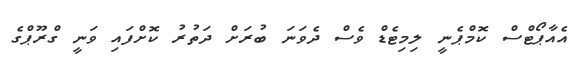
އެއާޕޯޓްސް ކޮމްޕެނީ ލިމިޓެޑް ވެސް ދެވަނަ ބުރަށް ދަތުރު ކޮށްފައި ވަނީ ގްރޫޕްގެ